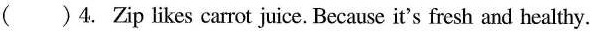
( )4. Zip likes carrot juice. Because it's fresh and healthy.